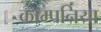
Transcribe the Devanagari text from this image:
काम्पनिया